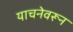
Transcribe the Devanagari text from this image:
याचनेवरून